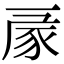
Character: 𧰳